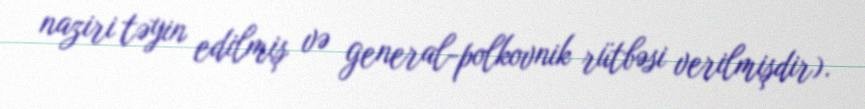
naziri təyin edilmiş və general-polkovnik rütbəsi verilmişdir).